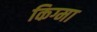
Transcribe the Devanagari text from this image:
किग्मा